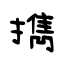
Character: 擕